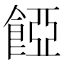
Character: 𩜄